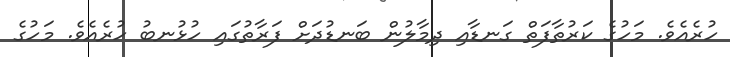
ހުރެއެވެ. މަހުގެ ކަރުތާފަތް ގަނޑާއި ދިމާލުން ބަނޑުދަށް ފަރާތުގައި ހުޅުނބު ހުރެއެވެ. މަހުގެ